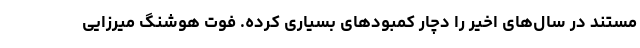
مستند در سال‌های اخیر را دچار کمبودهای بسیاری کرده. فوت هوشنگ میرزایی